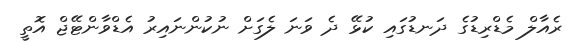
ރެއާލް މެޑްރިޑުގެ ދަނޑުގައި ކުޅޭ ދެ ވަނަ ލެގަށް ނުކުންނައިރު އެޑްވާންޓޭޖް އޮތީ